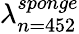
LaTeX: \lambda_{n=452}^{sponge}